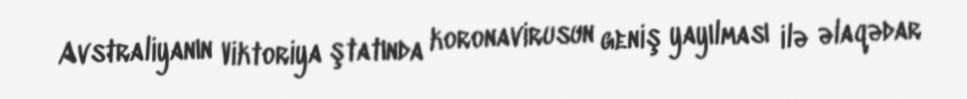
Avstraliyanın Viktoriya ştatında koronavirusun geniş yayılması ilə əlaqədar